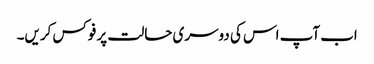
اب آپ اس کی دوسری حالت پر فوکس کریں۔